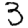
Digit: 3